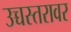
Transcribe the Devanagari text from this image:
उच्चस्तरावर